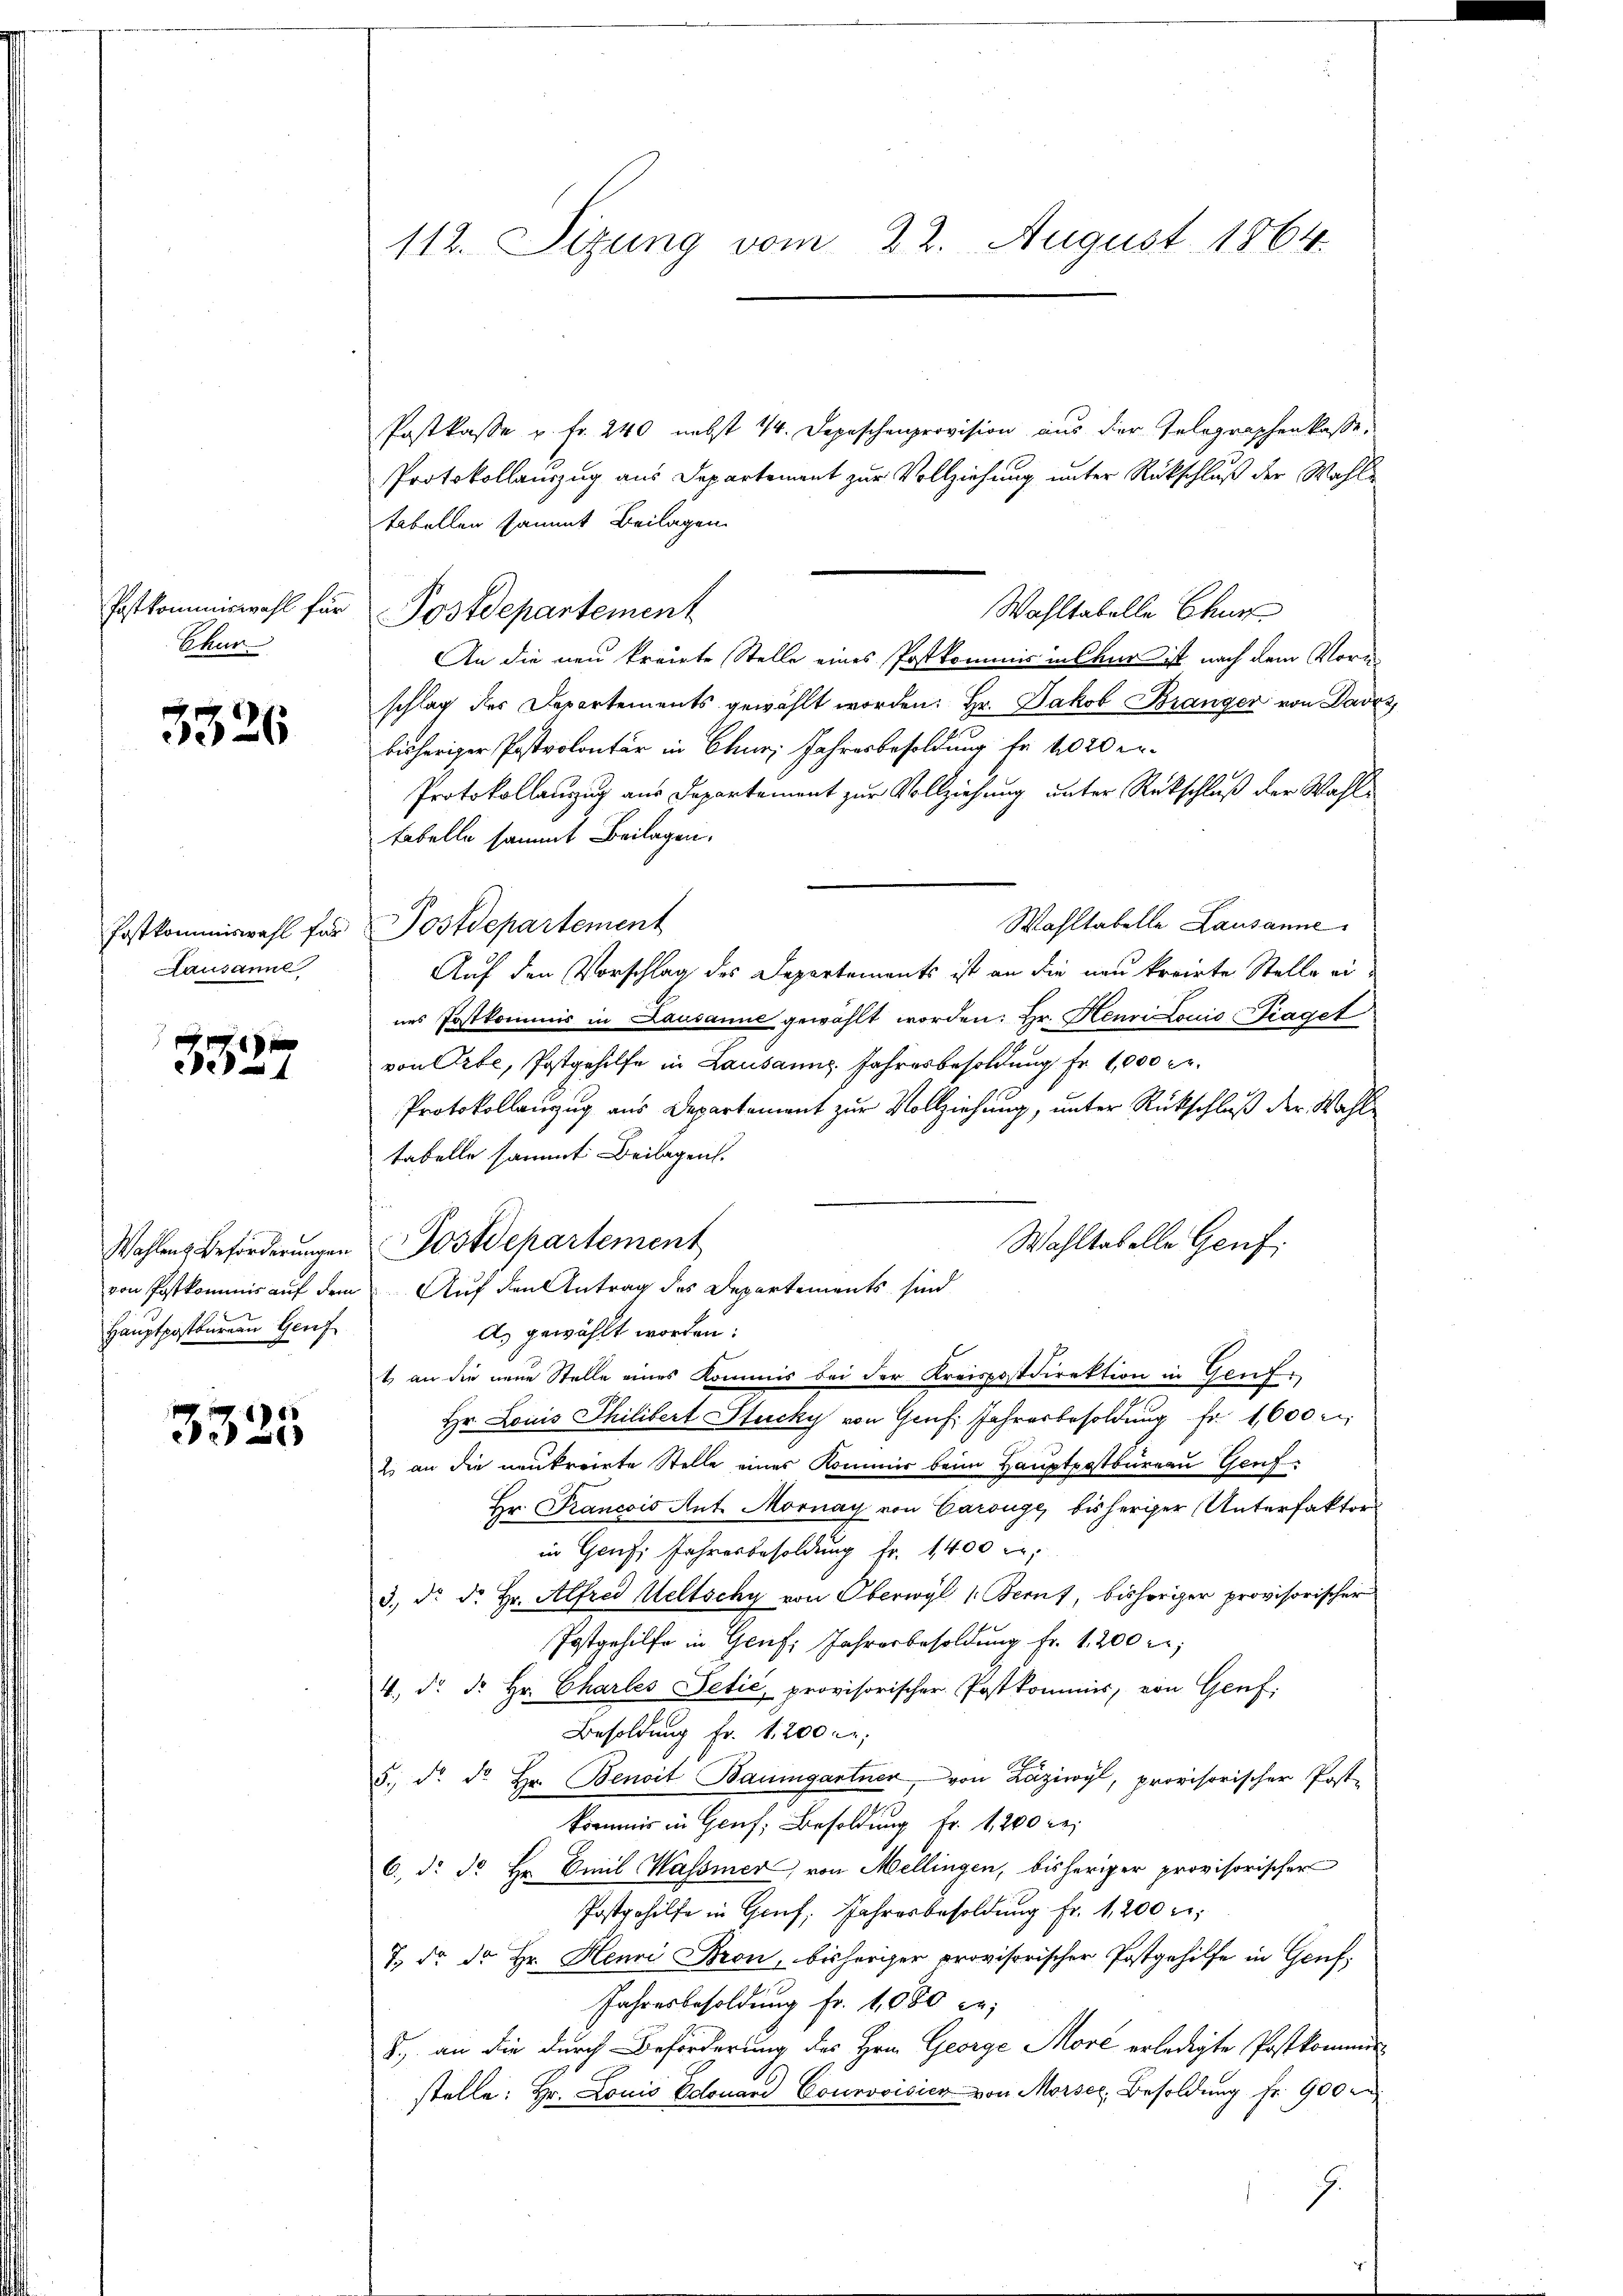
Postkommiswahl für
Chur

3326

Postkommiswahl für
Lausamml

332

Wahlens Beförderungen
Hauptpostbürgen Genf

3325

112. Sizung vom 22. August 1864.

Postkasse u. fr. 240 nebst 14. Depeschenprovision aus der Gelegraphenkasse,
Protokollauszug aus Departement zur Vollziehung unter Rückschluß der Wahle
tabellen sammt Beilagen
Wahltabelle Chur
Postdepartement
An die neu kreiste Stelle eines Postkommis inskar ist nach dem Vornschlag der Departements gewählt worden. Hr. Jakob Branger von Davos
bisheriger Postrolontär in Chur Jahresbesoldung fr. 1020 er¬
Protokollanzug aus Departement zur Vollziehung unter Rückschluß der Wahl¬
Fabelle sammt Beilagen.
Wahltabelle Lausanne
Postdepartement
Auf den Vorschlag des Departements ist an die neu korirte Stelle eines Postkommis in Lausanne gewählt worden: Hr. Heurionis iaget
von Orte, Postgehilfe in Lausanns Jahresbesoldung Fr. 1,000 M.
Protokollanzug aus Departement zur Vollziehung, unter Rückschluß der Wahltabelle sammt Beilagen.
Wahltabelle Genf
von Postkommis auf dem Auf den Antrag des Departements sind
As gewählt worden:
t an die neue Stelle eines Kommis bei der Kreispostdirektion in Genf.
Hr. Louis Philibert Stucky von Genf Jahresbesoldung fr. 1,600 m
2 an die neukreiete Stelle einer Kommer beim Hauptpostbureau Genf
Hr. Francois Ant. Mornay von Carouge, bisheriger Unterfaktors
in Genf, Jahresbesoldung fr. 1400 Fr.
3. d. d. Hr. Alfred Weltschy von Oberwyl 1. Berns, bisheriger provisorischer
Postgehilfe in Genf Jahresbesoldung fr. 1200 r
4. d. d. Hr. Charles Petić, provisorischer Postkommis, von Genf,
Besoldung Fr. 1200
5. d. d. Hr. Benoit Baumgartner von Laziwyl, provisorischer Post-
kommis in Genf, Besoldung fr. 1200 re
6. d. d. Hr. Emil Wassmer, von Mellingen, bisheriger provisorischer
Postgehilfe in Genf, Jahresbesoldŭng fr. 1200 f:
7., da dr Hr. Henri Bron, bisherger provisorischer Postgehilfe in Genf,
Jahresbesoldung fr. 1080 Fr.
8., an die durch Beförderung des Hrn. George More erledigte Postkommi
stelle: Hr. Louis Edouard Courvoisick von Mörser Besoldung fr. 900 m
J

Postdepartement